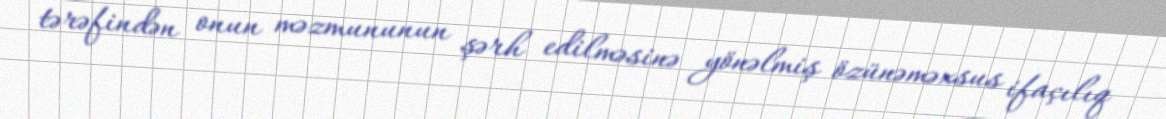
tərəfindən onun məzmununun şərh edilməsinə yönəlmiş özünəməxsus ifaçılıq